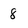
Character: 8